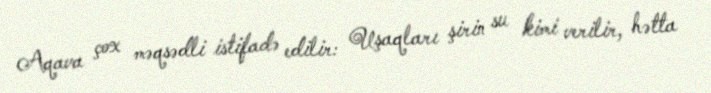
Aqava çox məqsədli istifadə edilir: Uşaqları şirin su kimi verilir, hətta